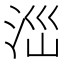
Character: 𣳺